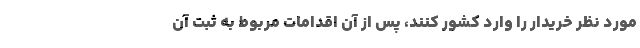
مورد نظر خریدار را وارد کشور کنند، پس از آن اقدامات مربوط به ثبت آن